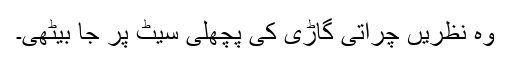
وہ نظریں چراتی گاڑی کی پچھلی سیٹ پر جا بیٹھی۔